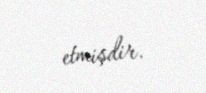
etmişdir.